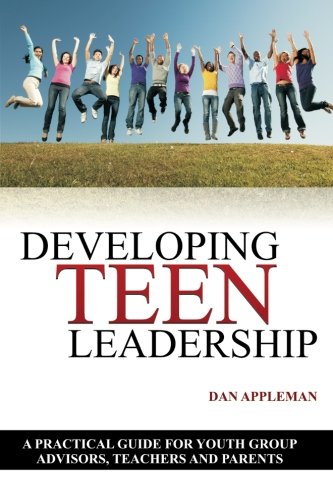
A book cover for Developing Teen Leadership: A Practical Guide for  Youth Group Advisors, Teachers and Parents; Dan Appleman; Medical Books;